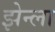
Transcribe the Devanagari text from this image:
झेन्ला